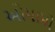
ઓમામો